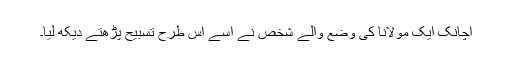
اچانک ایک مولانا کی وضع والے شخص نے اسے اس طرح تسبیح پڑھتے دیکھ لیا۔